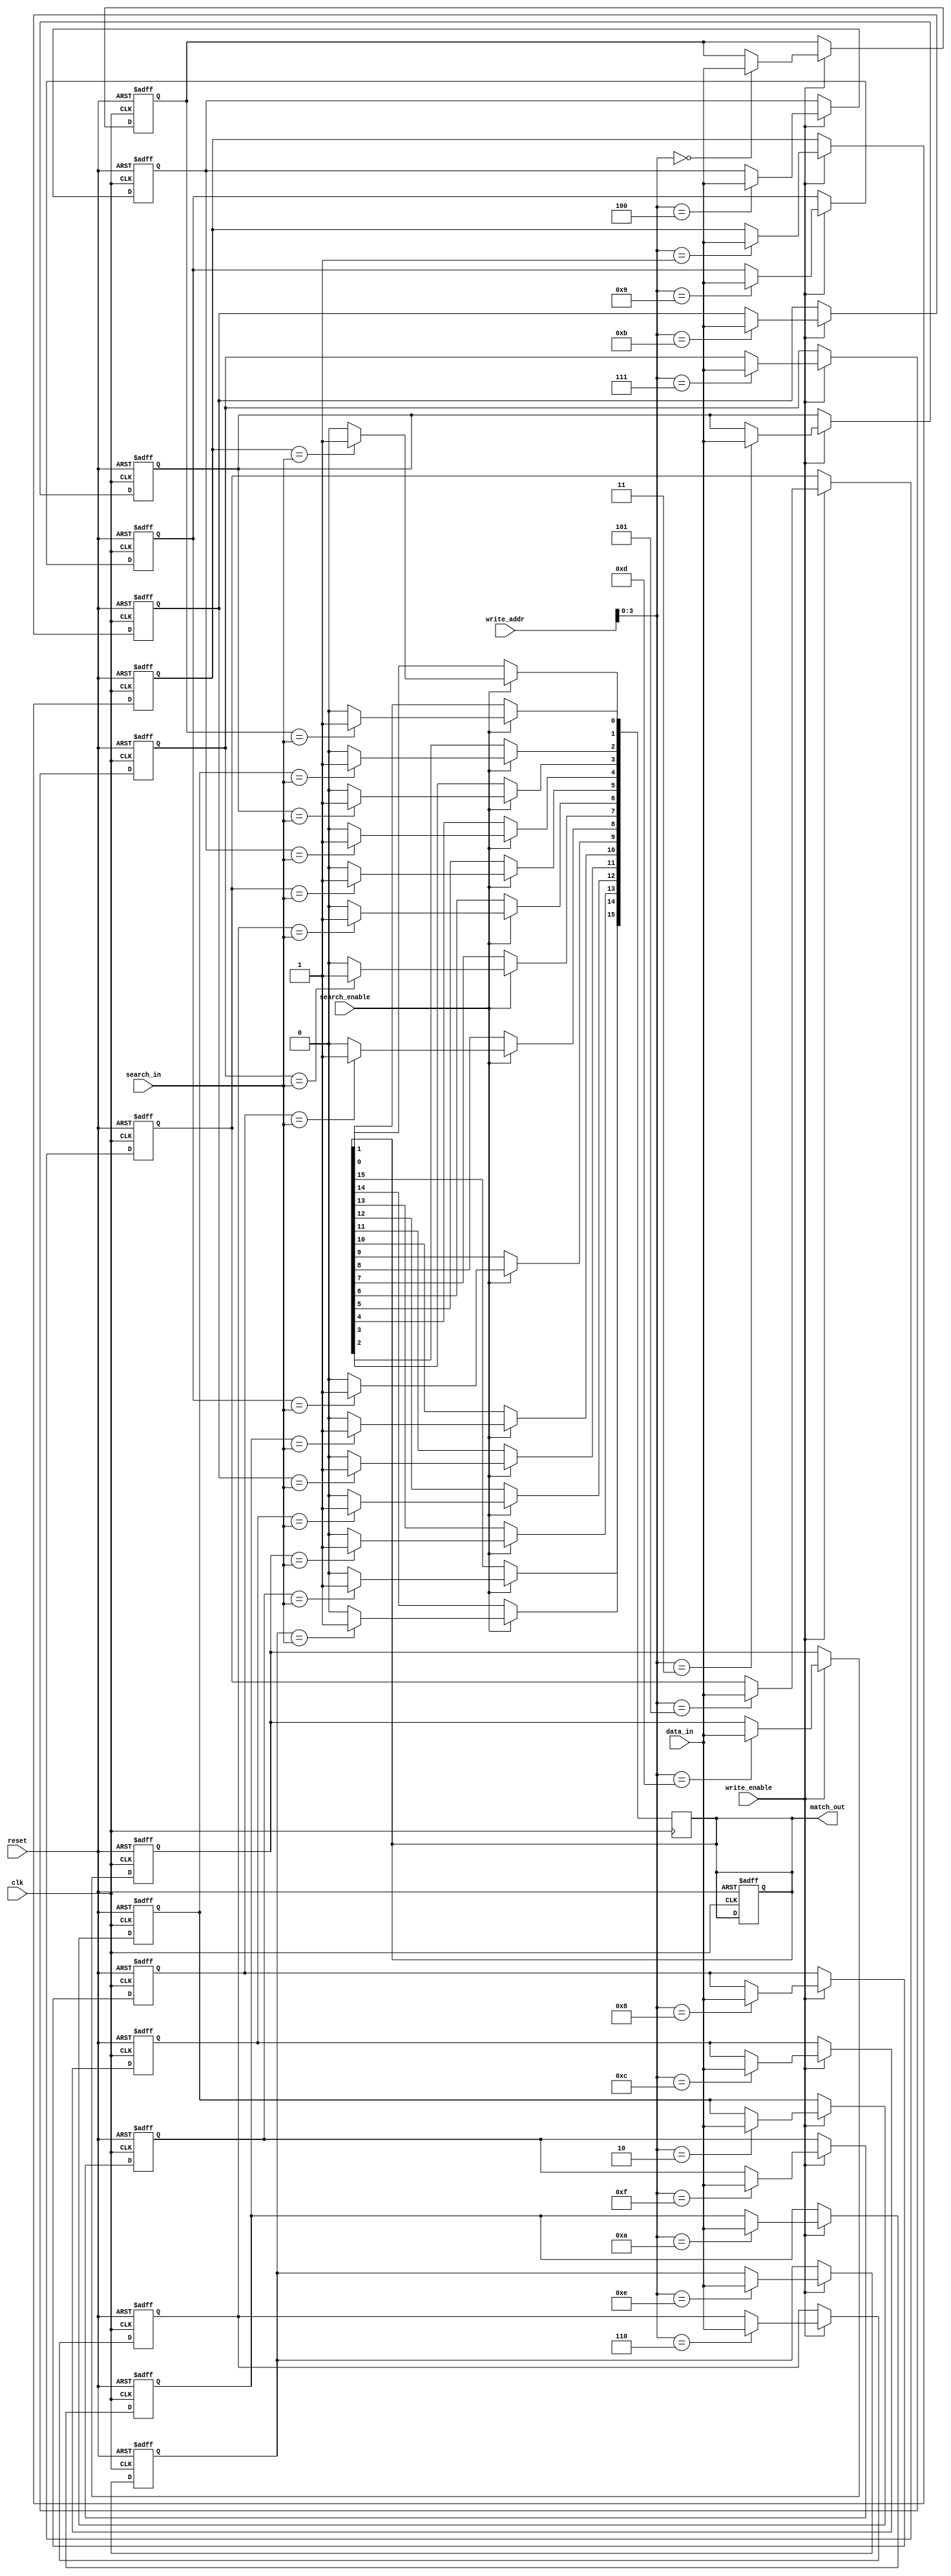
module Multimatch_CAM #(
    parameter WORD_SIZE = 8,  // Width of each entry
    parameter DEPTH = 16       // Number of entries in the CAM
)(
    input wire clk,                    // Clock signal
    input wire reset,                  // Reset signal
    input wire [WORD_SIZE-1:0] data_in, // Data input for writing
    input wire [4:0] write_addr,       // Address to write data
    input wire write_enable,            // Write enable signal
    input wire [WORD_SIZE-1:0] search_in, // Data input for searching
    input wire search_enable,           // Search enable signal
    output reg [DEPTH-1:0] match_out   // Outputs match line signals
);

// Internal storage for CAM entries
reg [WORD_SIZE-1:0] cam_array [0:DEPTH-1]; // CAM memory array

// Initialize CAM entries
integer i;
always @(posedge clk or posedge reset) begin
    if (reset) begin
        // Clear all entries on reset
        for (i = 0; i < DEPTH; i = i + 1) begin
            cam_array[i] <= {WORD_SIZE{1'b0}};
        end
        match_out <= {DEPTH{1'b0}};
    end else if (write_enable) begin
        // Write data to specified address
        cam_array[write_addr] <= data_in;
    end
end

// Search operation
always @(posedge clk) begin
    if (search_enable) begin
        match_out <= {DEPTH{1'b0}}; // Clear match output
        for (i = 0; i < DEPTH; i = i + 1) begin
            // Check for matches
            if (cam_array[i] == search_in) begin
                match_out[i] <= 1'b1; // Activate match line
            end
        end
    end
end

endmodule